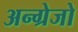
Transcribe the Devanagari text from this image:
अन्ग्रेजो